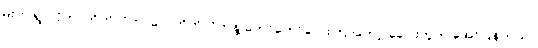
မိုးက ရွာလိုက်၊ တိတ်လိုက်၊ လေတိုက်လိုက်နဲ့ တော်တော်လေးကြာတော့ ခေါင်းတွဲက အော်ပြန်တယ်။